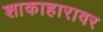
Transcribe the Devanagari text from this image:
शाकाहारावर